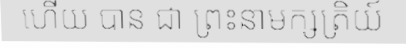
ហើយ បាន ជា ព្រះនាមក្សត្រិយ៍